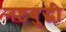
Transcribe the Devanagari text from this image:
नष्टबुद्धी